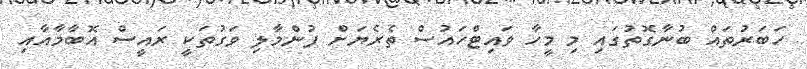
ހަބަރުތައް ބުނާގޮތުގައި މި މީހާ ވައިޓްހައުސް ތެރެޔަށް ފުންމާލި ވަގުތަކީ ރައީސް އޮބާމާއާއި